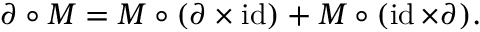
\partial \circ M = M \circ ( \partial \times \operatorname { i d } ) + M \circ ( \operatorname { i d } \times \partial ) .